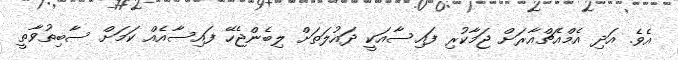
އެވެ. އަދި އެމްއެޗްއާރަށް ޖަމާކުރި ފައިސާއަކީ ދައުލަތަށް ލިބެންޖެހޭ ފައިސާއެއް ކަމަށް ސާބިތުވާތީ